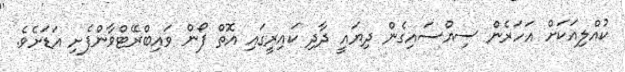
ކުއްލިއަކަށް އަހަރެން ސިއްސައިގެން ދިޔައީ ދާދި ކައިރީގައި އޮތް ފޯން ވައިބްރޭޓްވާންފެށި އަޑަށެވެ.